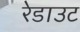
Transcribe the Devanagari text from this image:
रेडाउट